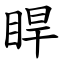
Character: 睅